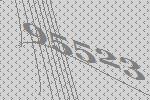
95523